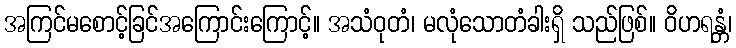
အကြင်မစောင့်ခြင်အကြောင်းကြောင့်။ အသံဝုတံ၊ မလုံသောတံခါးရှိ သည်ဖြစ်။ ဝိဟရန္တံ၊